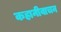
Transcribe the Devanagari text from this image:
कहानीवाचन